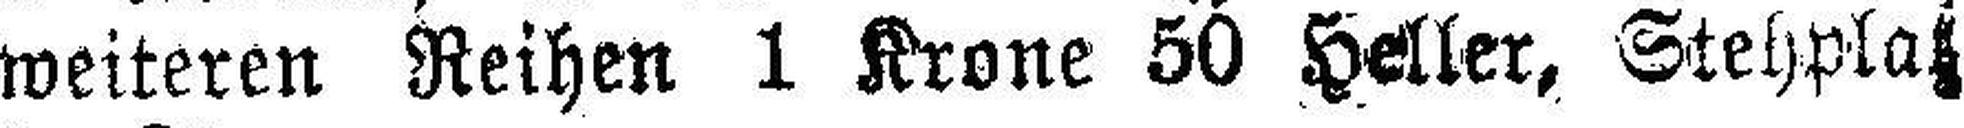
weiteren Reihen 1 Krone 50 Heller, Stehplatz